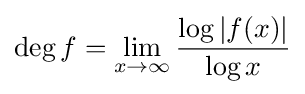
\deg f=\lim _{x\rightarrow \infty }{\frac {\log |f(x)|}{\log x}}